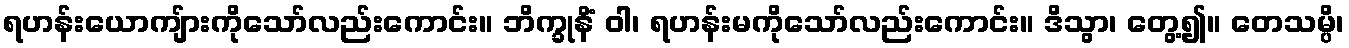
ရဟန်းယောကျ်ားကိုသော်လည်းကောင်း။ ဘိက္ခုနိံ ဝါ၊ ရဟန်းမကိုသော်လည်းကောင်း။ ဒိသွာ၊ တွေ့၍။ တေသမ္ပိ၊